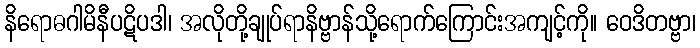
နိရောဓဂါမိနီပဋိပဒါ၊ အလိုတို့ချုပ်ရာနိဗ္ဗာန်သို့ရောက်ကြောင်းအကျင့်ကို။ ဝေဒိတဗ္ဗာ၊